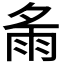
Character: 𩁼